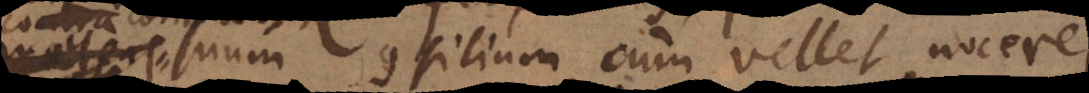
suum consilium, cum vellet nocere,